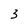
Character: 3